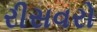
રીસવરો